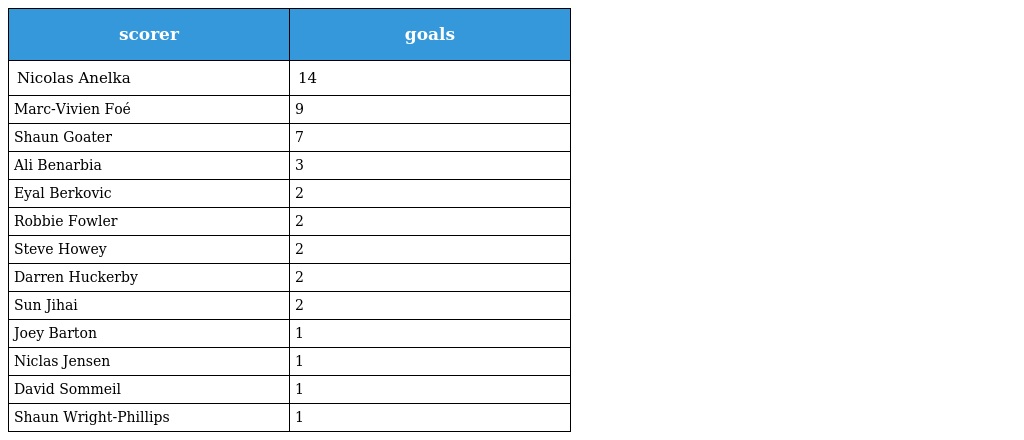
| scorer | goals |
 | --- | --- |
 | Nicolas Anelka | 14 |
 | Marc-Vivien Foé | 9 |
 | Shaun Goater | 7 |
 | Ali Benarbia | 3 |
 | Eyal Berkovic | 2 |
 | Robbie Fowler | 2 |
 | Steve Howey | 2 |
 | Darren Huckerby | 2 |
 | Sun Jihai | 2 |
 | Joey Barton | 1 |
 | Niclas Jensen | 1 |
 | David Sommeil | 1 |
 | Shaun Wright-Phillips | 1 |